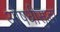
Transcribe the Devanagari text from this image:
औषधीसुद्धा